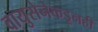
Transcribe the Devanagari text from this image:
वायुसेनेकडूनही